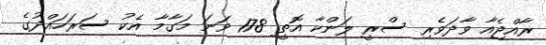
ރާއްޖެއާ ވާދަވެރި ސްރީ ލަންކާ އޮތީ 178 ވަނަ މަގާމާ އެކު ސަރަހައްދުގެ